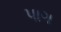
પાગ